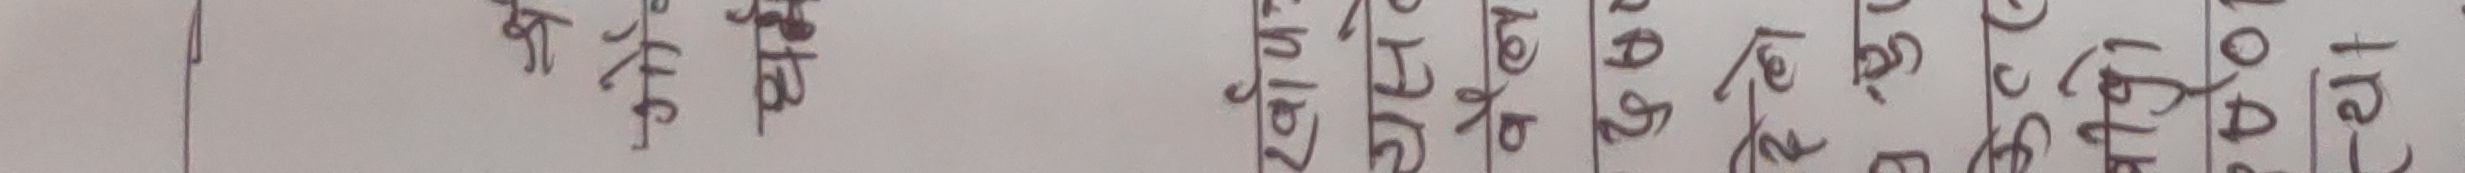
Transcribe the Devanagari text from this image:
अन्तिम